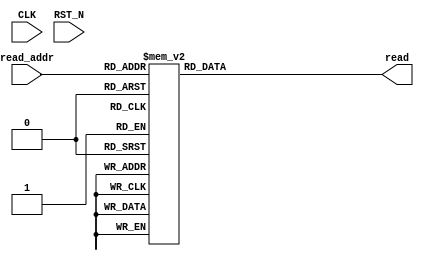
//
// Generated by Bluespec Compiler, version 2021.07-1-gaf77efcd (build af77efcd)
//
// On Thu Dec  9 08:47:09 IST 2021
//
//
// Ports:
// Name                         I/O  size props
// read                           O     8
// CLK                            I     1 unused
// RST_N                          I     1 unused
// read_addr                      I     4
//
// Combinational paths from inputs to outputs:
//   read_addr -> read
//
//

`ifdef BSV_ASSIGNMENT_DELAY
`else
  `define BSV_ASSIGNMENT_DELAY
`endif

`ifdef BSV_POSITIVE_RESET
  `define BSV_RESET_VALUE 1'b1
  `define BSV_RESET_EDGE posedge
`else
  `define BSV_RESET_VALUE 1'b0
  `define BSV_RESET_EDGE negedge
`endif

module mkRconRom(CLK,
		 RST_N,

		 read_addr,
		 read);
  input  CLK;
  input  RST_N;

  // value method read
  input  [3 : 0] read_addr;
  output [7 : 0] read;

  // signals for module outputs
  reg [7 : 0] read;

  // value method read
  always@(read_addr)
  begin
    case (read_addr)
      4'd0: read = 8'h01;
      4'd1: read = 8'h02;
      4'd2: read = 8'h04;
      4'd3: read = 8'h08;
      4'd4: read = 8'h10;
      4'd5: read = 8'h20;
      4'd6: read = 8'h40;
      4'd7: read = 8'h80;
      4'd8: read = 8'h1B;
      default: read = 8'h36;
    endcase
  end
endmodule  // mkRconRom